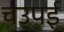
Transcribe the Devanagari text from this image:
चउपई